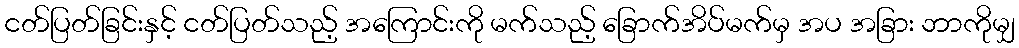
ငတ်ပြတ်ခြင်းနှင့် ငတ်ပြတ်သည့် အကြောင်းကို မက်သည့် ခြောက်အိပ်မက်မှ အပ အခြား ဘာကိုမျှ